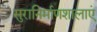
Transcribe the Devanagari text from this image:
सुरानिर्माणशालाएं